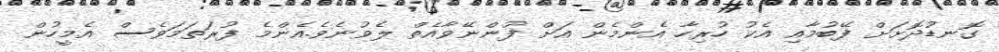
ގޮނޑުދޮށަށް ފޭބުމާއި އެކު ހުރިހާ އެންމެން އަށް ފުންނޭވާއެތް ލެވުނެވެ.އެންމެ ފުރަތަމަވެސް އެމީހުން